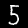
Label: 5